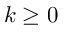
k \geq 0